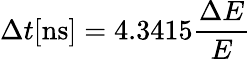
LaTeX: \Delta t\textrm{[ns]}=4.3415\frac{\Delta E}{E}